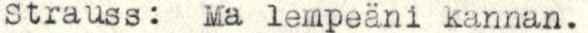
Strauss: Ma lempeäni kannan.